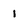
Character: 1